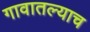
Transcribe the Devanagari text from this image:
गावातल्याच